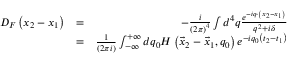
\begin{array} { r l r } { D _ { F } \left( x _ { 2 } - x _ { 1 } \right) } & { = } & { - \frac { i } { \left( 2 \pi \right) ^ { 4 } } \int d ^ { 4 } q \frac { e ^ { - i q \cdot \left( x _ { 2 } - x _ { 1 } \right) } } { q ^ { 2 } + i \delta } } \\ & { = } & { \frac { 1 } { \left( 2 \pi i \right) } \int _ { - \infty } ^ { + \infty } d q _ { 0 } H \left( \vec { x } _ { 2 } - \vec { x } _ { 1 } , q _ { 0 } \right) e ^ { - i q _ { 0 } \left( t _ { 2 } - t _ { 1 } \right) } } \end{array}